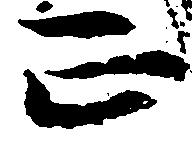
正